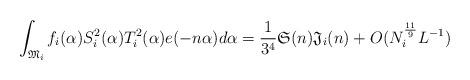
LaTeX: \begin{align*}\int_{\mathfrak{M}_{i}}f_{i}(\alpha)S_{i}^{2}(\alpha)T_{i}^{2}(\alpha)e(-n\alpha)d\alpha=\frac{1}{3^{4}}\mathfrak{S}(n)\mathfrak{J}_{i}(n)+O(N_{i}^{\frac{11}{9}}L^{-1})\end{align*}